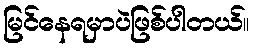
မြင်နေရမှာပဲဖြစ်ပါတယ်။